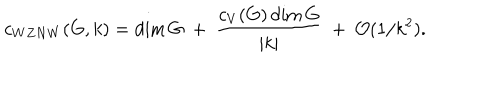
LaTeX: c _ { W Z N W } ( G , k ) = \dim G ~ + ~ { \frac { c _ { V } ( G ) \dim G } { | k | } } ~ + ~ { \cal O } ( 1 / k ^ { 2 } ) .